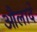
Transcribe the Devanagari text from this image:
औलादें